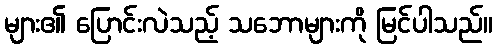
များ၏ ပြောင်းလဲသည့် သဘောများကို မြင်ပါသည်။